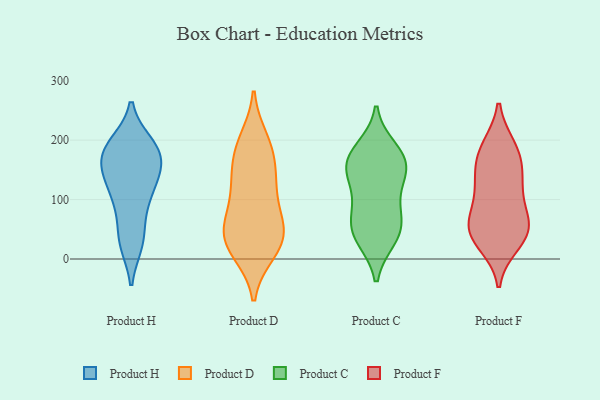
{"axis": {"x": "Temperature (°C)", "y": "Value"}, "legend": ["Product C", "Product D", "Product F", "Product H"], "data": [{"x": "", "y": 149, "type": "Product H"}, {"x": "", "y": 175, "type": "Product H"}, {"x": "", "y": 100, "type": "Product H"}, {"x": "", "y": 149, "type": "Product H"}, {"x": "", "y": 73, "type": "Product H"}, {"x": "", "y": 190, "type": "Product H"}, {"x": "", "y": 185, "type": "Product H"}, {"x": "", "y": 113, "type": "Product H"}, {"x": "", "y": 30, "type": "Product H"}, {"x": "", "y": 173, "type": "Product H"}, {"x": "", "y": 154, "type": "Product H"}, {"x": "", "y": 29, "type": "Product H"}, {"x": "", "y": 191, "type": "Product H"}, {"x": "", "y": 27, "type": "Product H"}, {"x": "", "y": 109, "type": "Product H"}, {"x": "", "y": 137, "type": "Product H"}, {"x": "", "y": 193, "type": "Product H"}, {"x": "", "y": 108, "type": "Product D"}, {"x": "", "y": 130, "type": "Product D"}, {"x": "", "y": 128, "type": "Product D"}, {"x": "", "y": 77, "type": "Product D"}, {"x": "", "y": 43, "type": "Product D"}, {"x": "", "y": 16, "type": "Product D"}, {"x": "", "y": 53, "type": "Product D"}, {"x": "", "y": 22, "type": "Product D"}, {"x": "", "y": 200, "type": "Product D"}, {"x": "", "y": 155, "type": "Product D"}, {"x": "", "y": 180, "type": "Product D"}, {"x": "", "y": 48, "type": "Product D"}, {"x": "", "y": 12, "type": "Product D"}, {"x": "", "y": 191, "type": "Product D"}, {"x": "", "y": 45, "type": "Product D"}, {"x": "", "y": 145, "type": "Product C"}, {"x": "", "y": 37, "type": "Product C"}, {"x": "", "y": 63, "type": "Product C"}, {"x": "", "y": 161, "type": "Product C"}, {"x": "", "y": 169, "type": "Product C"}, {"x": "", "y": 184, "type": "Product C"}, {"x": "", "y": 50, "type": "Product C"}, {"x": "", "y": 78, "type": "Product C"}, {"x": "", "y": 107, "type": "Product C"}, {"x": "", "y": 35, "type": "Product C"}, {"x": "", "y": 140, "type": "Product C"}, {"x": "", "y": 168, "type": "Product C"}, {"x": "", "y": 140, "type": "Product F"}, {"x": "", "y": 43, "type": "Product F"}, {"x": "", "y": 60, "type": "Product F"}, {"x": "", "y": 187, "type": "Product F"}, {"x": "", "y": 176, "type": "Product F"}, {"x": "", "y": 139, "type": "Product F"}, {"x": "", "y": 53, "type": "Product F"}, {"x": "", "y": 182, "type": "Product F"}, {"x": "", "y": 114, "type": "Product F"}, {"x": "", "y": 98, "type": "Product F"}, {"x": "", "y": 50, "type": "Product F"}, {"x": "", "y": 27, "type": "Product F"}, {"x": "", "y": 47, "type": "Product F"}]}